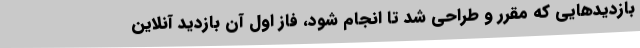
بازدیدهایی که مقرر و طراحی شد تا انجام شود، فاز اول آن بازدید آنلاین